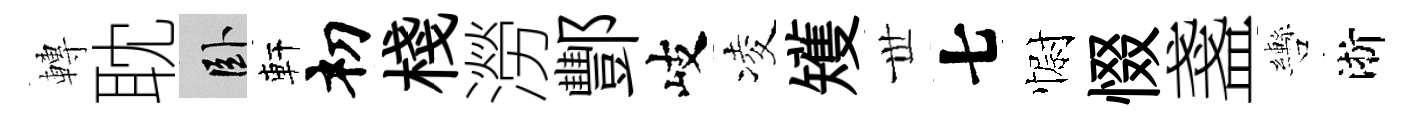
轉耽卧軒𥘉棧澇酆岐凌矱𠀍七𢠢惙盞轡淅